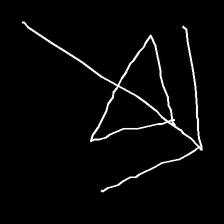
Glyph: pull